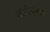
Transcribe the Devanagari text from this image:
कोल्लम्‌